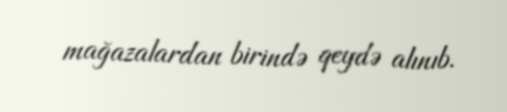
mağazalardan birində qeydə alınıb.